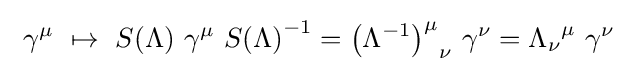
\ \gamma ^{\mu }\ \mapsto \ S(\Lambda )\ \gamma ^{\mu }\ {S(\Lambda )}^{-1}={\left(\Lambda ^{-1}\right)^{\mu }}_{\nu }\ \gamma ^{\nu }={\Lambda _{\nu }}^{\mu }\ \gamma ^{\nu }\